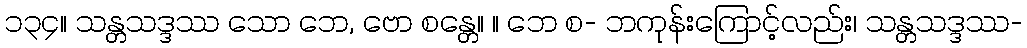
၁၃၄။ သန္တသဒ္ဒဿ သော ဘေ, ဗော စန္တေ။ ။ ဘေ စ- ဘကုန်းကြောင့်လည်း၊ သန္တသဒ္ဒဿ-